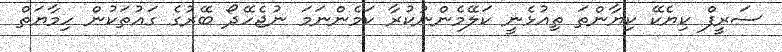
ސަރީފް ކިޔެކޭ ކިޔާންތަ ތިއުޅެނީ ކަލޭމެންނުކުރާ ކަމެންނަމަ ނުޖެހޭދޯ ބޭރުގެ ގައުތަކުން ހިމާޔަތް